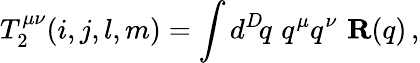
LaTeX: T_{2}^{\mu\nu}(i,j,l,m)=\int d^{D}\! q\, \, q^{\mu}q^{\nu}\, \, {\mathbf R}(q)\, ,